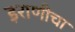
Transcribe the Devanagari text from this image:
इराणीचा